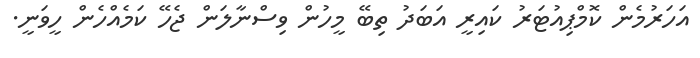
އަހަރުމެން ކޮމްޕިއުޓަރު ކައިރީ އަބަދު ތިބޭ މީހުން ވިސްނާލަން ޖެހޭ ކަމެއްހެން ހީވަނީ.